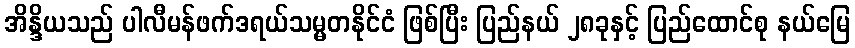
အိန္ဒိယသည် ပါလီမန်ဖက်ဒရယ်သမ္မတနိုင်ငံ ဖြစ်ပြီး ပြည်နယ် ၂၈ခုနှင့် ပြည်ထောင်စု နယ်မြေ